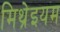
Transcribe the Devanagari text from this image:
मिथ्रेइयम